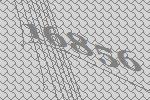
16856